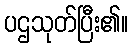
ပဌသုတ်ပြီး၏။